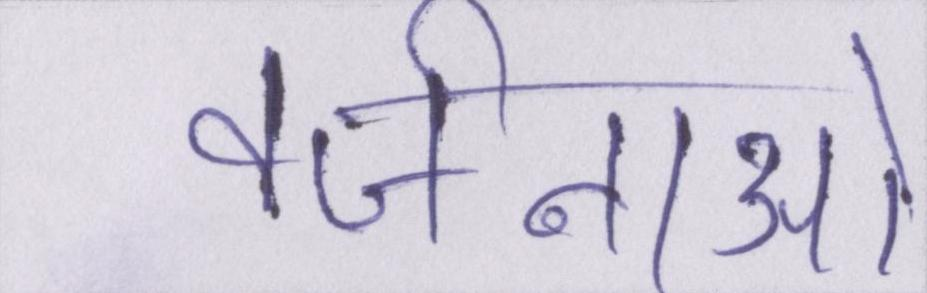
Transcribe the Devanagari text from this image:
वर्जनाओं